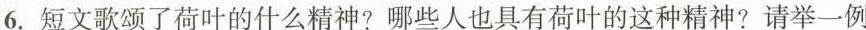
6.短文歌颂了荷叶的什么精神?哪些人也具有荷叶的这种精神?请举一例